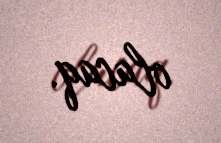
olacaq.